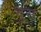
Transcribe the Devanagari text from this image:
दुस्‌